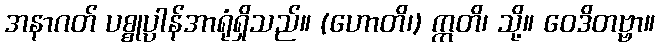
အနာဂတ် ပစ္စုပ္ပါန်အာရုံရှိသည်။ (ဟောတိ၊) ဣတိ၊ သို့။ ဝေဒိတဗ္ဗာ။